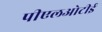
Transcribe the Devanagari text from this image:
पीएलओटीई